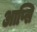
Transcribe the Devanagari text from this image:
आप्सि